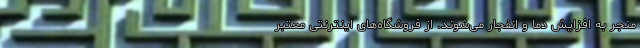
منجر به افزایش دما و انفجار می‌شوند. از فروشگاه‌های اینترنتی معتبر